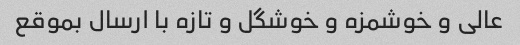
عالی و خوشمزه و خوشگل و تازه با ارسال بموقع